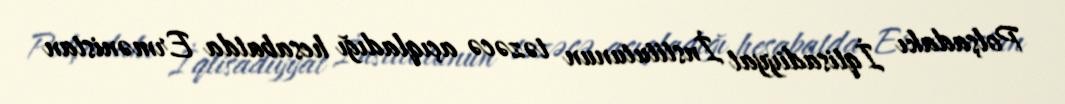
Polşadakı İqtisadiyyat İnstitutunun təzəcə açıqladığı hesabatda Ermənistan